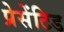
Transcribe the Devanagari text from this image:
प्रेसेंटिड